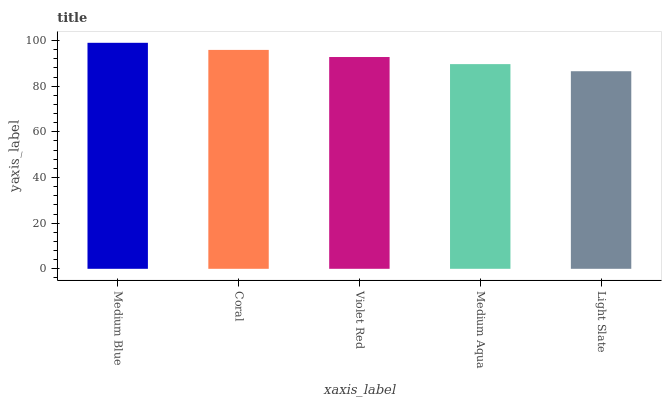
| xaxis_label | bars |
 | --- | --- |
 | Medium Blue | 99 |
 | Coral | 95.9 |
 | Violet Red | 92.8 |
 | Medium Aqua | 89.7 |
 | Light Slate | 86.5 |